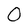
Character: 0